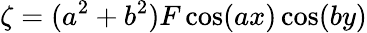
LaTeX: \zeta=(a^{2}+b^{2})F\cos(ax)\cos(by)